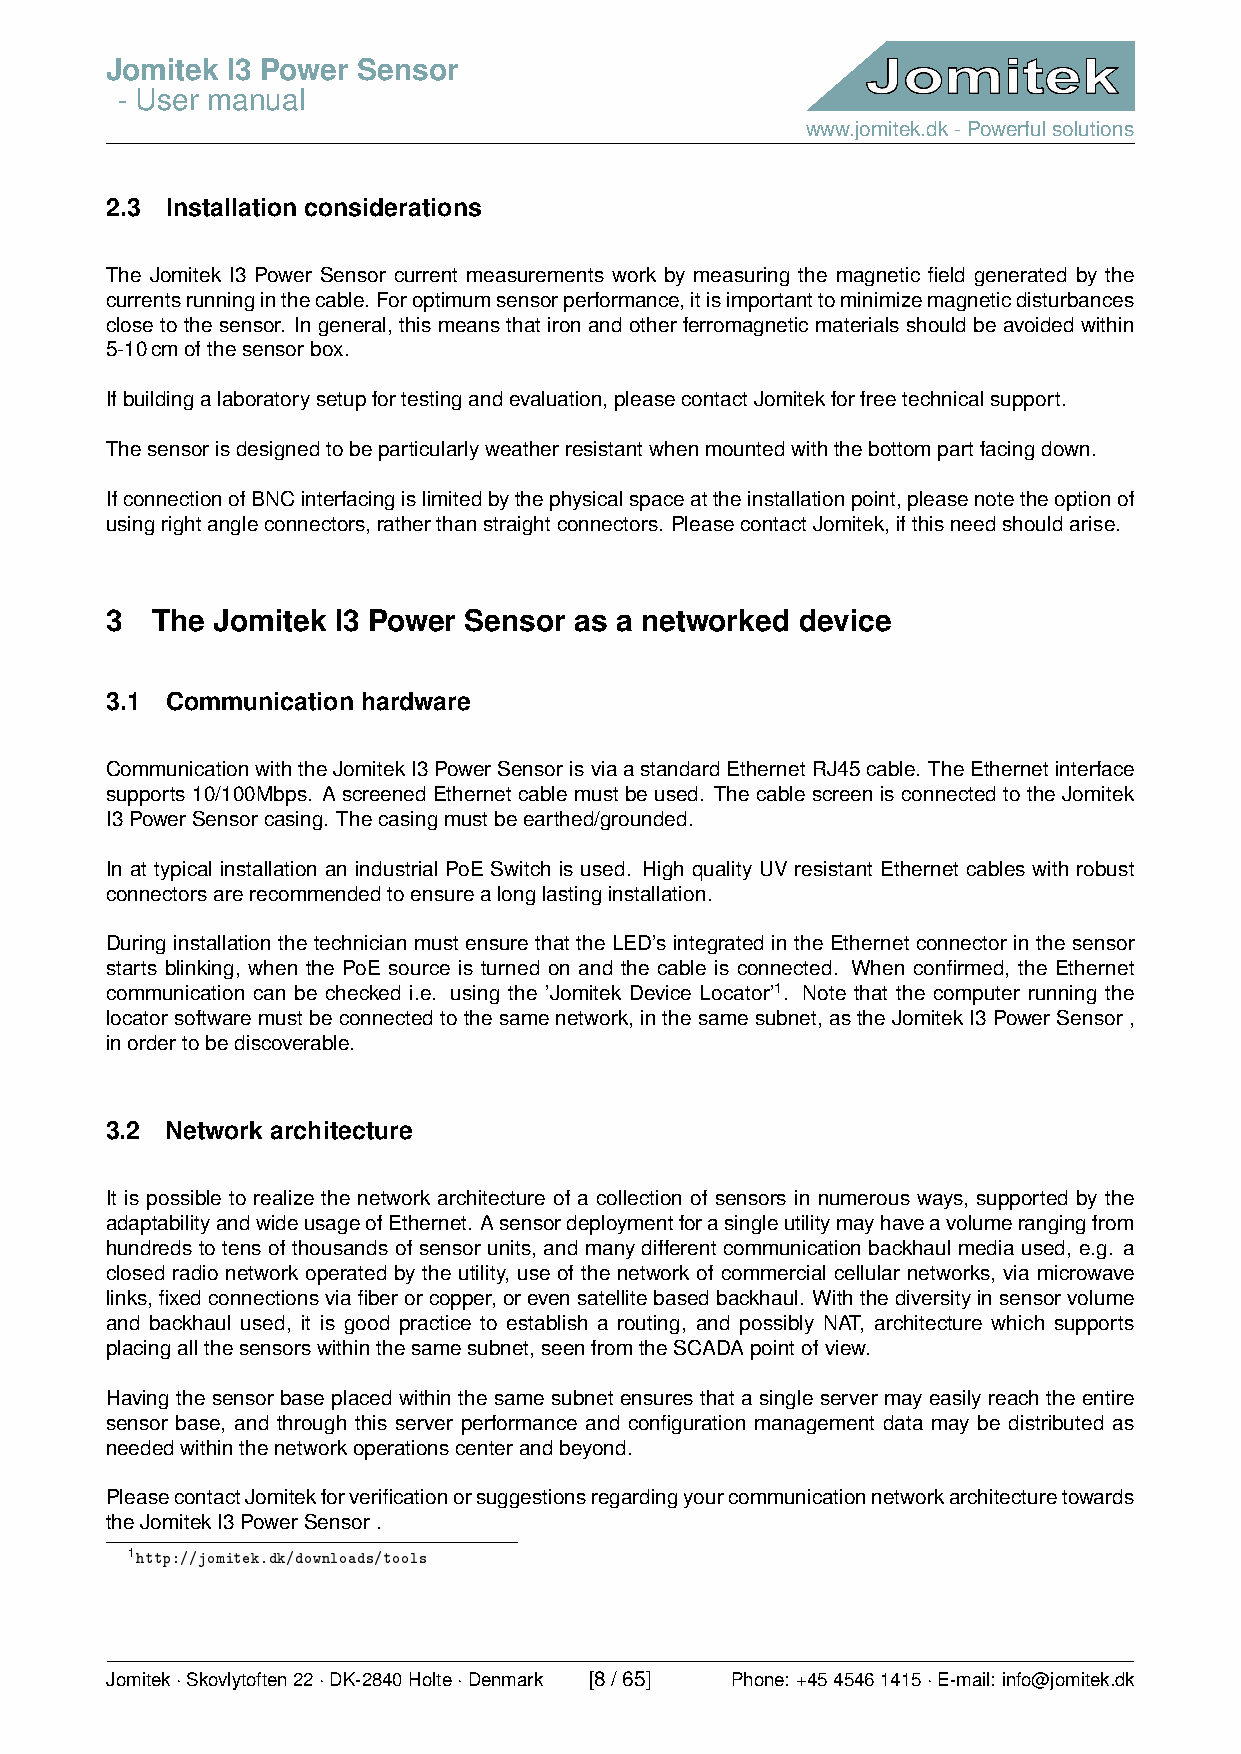
Jomitek I3 Power Sensor
 - User manual
 www.jomitek.dk-Powerfulsolutions
 2.3 Installation considerations
 The Jomitek I3 Power Sensor current measurements work by measuring the magnetic field generated by the
 currentsrunninginthecable. Foroptimumsensorperformance,itisimportanttominimizemagneticdisturbances
 closetothesensor. Ingeneral, thismeansthatironandotherferromagneticmaterialsshouldbeavoidedwithin
 5-10cmofthesensorbox.
 Ifbuildingalaboratorysetupfortestingandevaluation,pleasecontactJomitekforfreetechnicalsupport.
 Thesensorisdesignedtobeparticularlyweatherresistantwhenmountedwiththebottompartfacingdown.
 IfconnectionofBNCinterfacingislimitedbythephysicalspaceattheinstallationpoint,pleasenotetheoptionof
 usingrightangleconnectors,ratherthanstraightconnectors. PleasecontactJomitek,ifthisneedshouldarise.
 3  The Jomitek I3 Power Sensor as a networked device
 3.1 Communication hardware
 CommunicationwiththeJomitekI3PowerSensorisviaastandardEthernetRJ45cable. TheEthernetinterface
 supports 10/100Mbps. A screened Ethernet cable must be used. The cable screen is connected to the Jomitek
 I3PowerSensorcasing. Thecasingmustbeearthed/grounded.
 In at typical installation an industrial PoE Switch is used. High quality UV resistant Ethernet cables with robust
 connectorsarerecommendedtoensurealonglastinginstallation.
 During installation the technician must ensure that the LED’s integrated in the Ethernet connector in the sensor
 starts blinking, when the PoE source is turned on and the cable is connected. When confirmed, the Ethernet
 communication can be checked i.e. using the ’Jomitek Device Locator’1. Note that the computer running the
 locatorsoftwaremustbeconnectedtothesamenetwork,inthesamesubnet,astheJomitekI3PowerSensor,
 inordertobediscoverable.
 3.2 Network architecture
 It is possible to realize the network architecture of a collection of sensors in numerous ways, supported by the
 adaptabilityandwideusageofEthernet. Asensordeploymentforasingleutilitymayhaveavolumerangingfrom
 hundreds to tens of thousands of sensor units, and many different communication backhaul media used, e.g. a
 closed radio network operated by the utility, use of the network of commercial cellular networks, via microwave
 links,fixedconnectionsviafiberorcopper,orevensatellitebasedbackhaul. Withthediversityinsensorvolume
 and backhaul used, it is good practice to establish a routing, and possibly NAT, architecture which supports
 placingallthesensorswithinthesamesubnet,seenfromtheSCADApointofview.
 Having the sensor base placed within the same subnet ensures that a single server may easily reach the entire
 sensor base, and through this server performance and configuration management data may be distributed as
 neededwithinthenetworkoperationscenterandbeyond.
 PleasecontactJomitekforverificationorsuggestionsregardingyourcommunicationnetworkarchitecturetowards
 theJomitekI3PowerSensor.
 1http://jomitek.dk/downloads/tools
 Jomitek·Skovlytoften22·DK-2840Holte·Denmark [8/65] Phone: +4545461415·E-mail: info@jomitek.dk